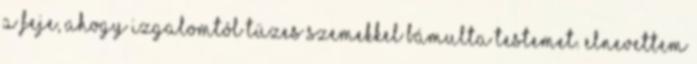
a feje, ahogy izgalomtól tüzes szemekkel bámulta testemet. Elnevettem